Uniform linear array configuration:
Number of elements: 32
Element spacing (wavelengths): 1
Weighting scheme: exponential
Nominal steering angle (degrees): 30
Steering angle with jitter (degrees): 30.296
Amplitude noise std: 0.05
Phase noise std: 0.05

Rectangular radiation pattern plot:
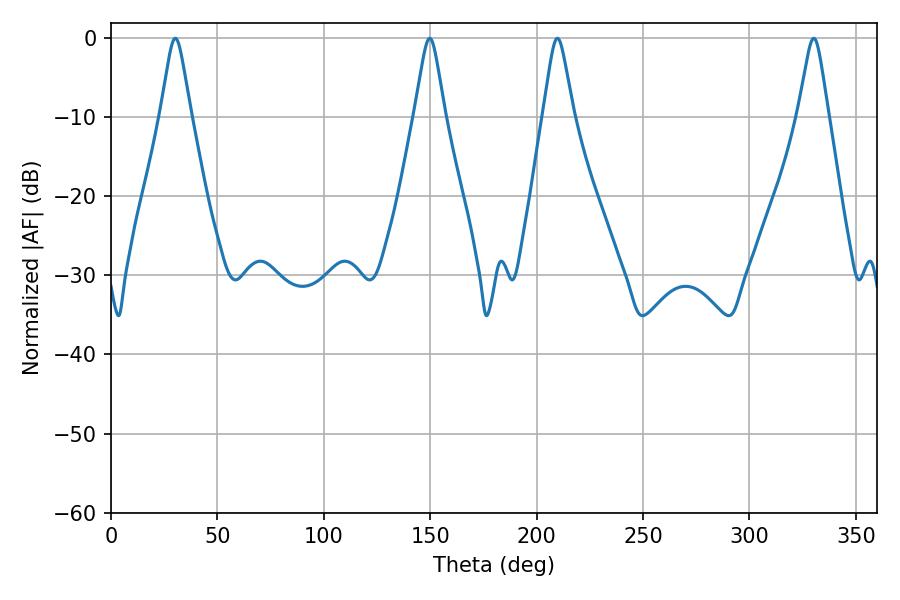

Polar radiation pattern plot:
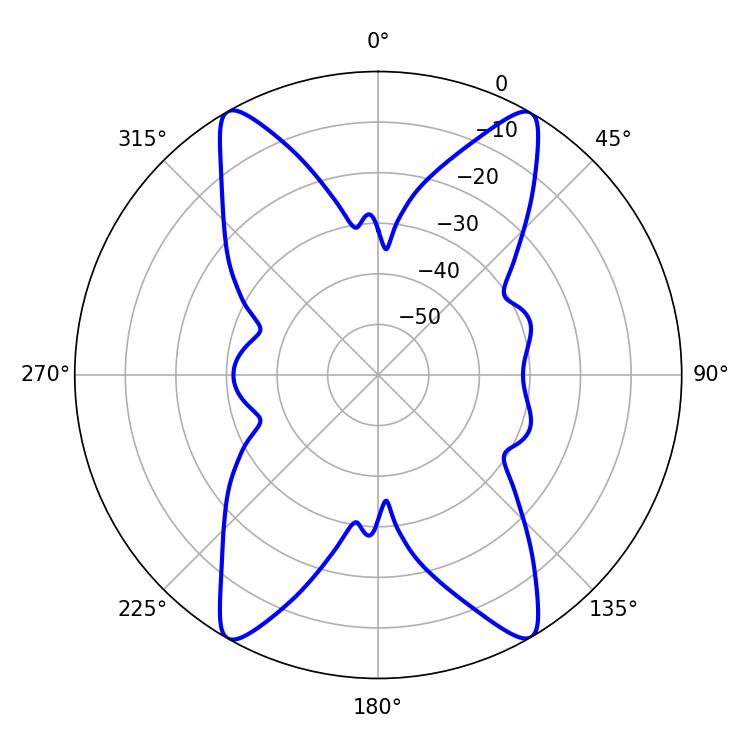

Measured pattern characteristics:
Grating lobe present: TRUE
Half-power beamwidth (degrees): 6.84
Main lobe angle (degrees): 30.24